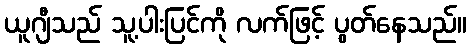
ယူဂျီသည် သူ့ပါးပြင်ကို လက်ဖြင့် ပွတ်နေသည်။